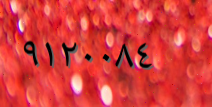
٩١٢٠٠٨٤